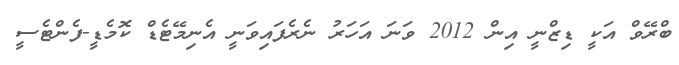
ބްރޭވް އަކީ ޑިޒްނީ އިން 2012 ވަނަ އަހަރު ނެރެފައިވަނީ އެނިމޭޓެޑް ކޮމެޑީ-ފެންޓެސީ